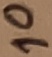
Text: 10